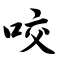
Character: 咬